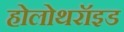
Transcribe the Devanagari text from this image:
होलोथरॉइड